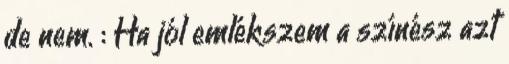
de nem. : Ha jól emlékszem a színész azt